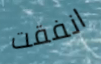
انفقت